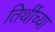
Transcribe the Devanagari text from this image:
तिथींच्या